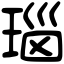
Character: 瑙